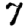
Digit: 7